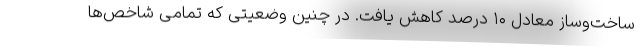
ساخت‌وساز معادل ۱۰ درصد کاهش یافت. در چنین وضعیتی که تمامی شاخص‌ها